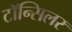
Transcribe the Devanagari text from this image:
टॉन्सिलर